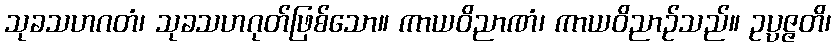
သုခသဟဂတံ၊ သုခသဟဂုတ်ဖြစ်သော။ ကာယဝိညာဏံ၊ ကာယဝိညာဉ်သည်။ ဥပ္ပဇ္ဇတိ၊